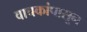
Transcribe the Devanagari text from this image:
वाचकांपासून